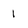
Character: 1